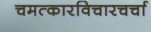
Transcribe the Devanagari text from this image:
चमत्कारविचारचर्चा